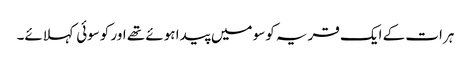
ہرات کے ایک قریہ کوسو میں پیدا ہوئے تھے اور کوسوئی کہلائے۔